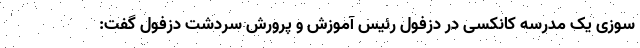
سوزی یک مدرسه کانکسی در دزفول رئیس آموزش و پرورش سردشت دزفول گفت: